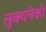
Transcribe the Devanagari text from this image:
लुक्यनेंको